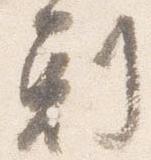
刻